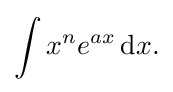
\int x^{n}e^{ax}\,{\text{d}}x.\,\!